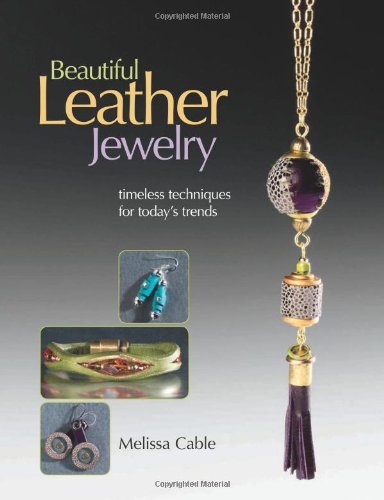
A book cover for Beautiful Leather Jewelry: Timeless Techniques for Today's Trends; Melissa Cable; Crafts, Hobbies & Home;